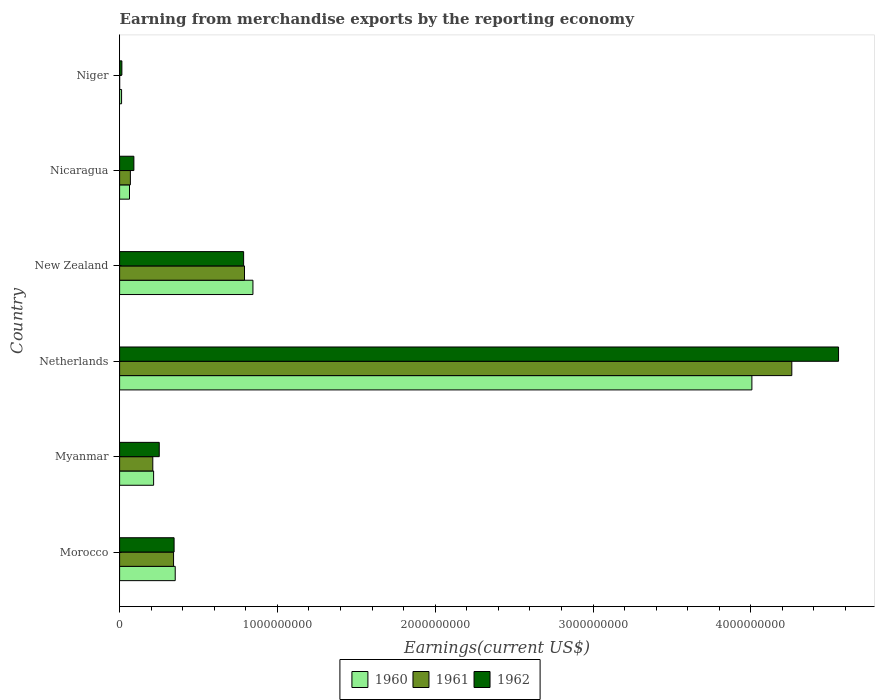
| Country | 1960 | 1961 | 1962 |
 | --- | --- | --- | --- |
 | Morocco | 3.52e+08 | 3.42e+08 | 3.45e+08 |
 | Myanmar | 2.16e+08 | 2.1e+08 | 2.51e+08 |
 | Netherlands | 4.01e+09 | 4.26e+09 | 4.56e+09 |
 | New Zealand | 8.45e+08 | 7.92e+08 | 7.86e+08 |
 | Nicaragua | 6.27e+07 | 6.83e+07 | 9.04e+07 |
 | Niger | 1.25e+07 | 2e+05 | 1.44e+07 |